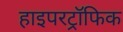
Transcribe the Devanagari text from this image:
हाइपरट्रॉफिक